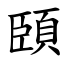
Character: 頣